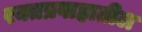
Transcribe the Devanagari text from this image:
रक्तप्रवाहातील